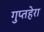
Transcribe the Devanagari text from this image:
गुप्तहेरा